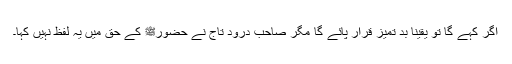
اگر کہے گا تو یقیناً بد تمیز قرار پائے گا مگر صاحب درود تاج نے حضورﷺ کے حق میں یہ لفظ نہیں کہا۔